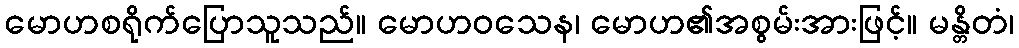
မောဟစရိုက်ပြောသူသည်။ မောဟဝသေန၊ မောဟ၏အစွမ်းအားဖြင့်။ မန္တိတံ၊